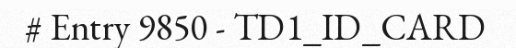
# Entry 9850 - TD1_ID_CARD